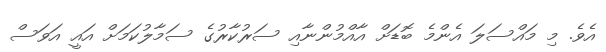
އެވެ. މި މައްސަލަ އެންމެ ބޮޑަށް އާއްމުންނާއި ސަރުކާރުގެ ސަމާލުކަމަށް އައީ އަވަސް